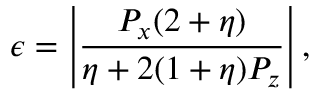
\epsilon = \left| \frac { P _ { x } ( 2 + \eta ) } { \eta + 2 ( 1 + \eta ) P _ { z } } \right| ,